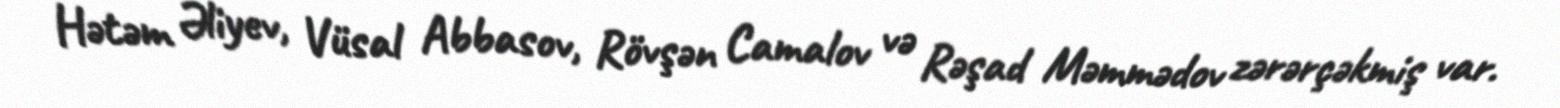
Hətəm Əliyev, Vüsal Abbasov, Rövşən Camalov və Rəşad Məmmədov zərərçəkmiş var.